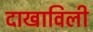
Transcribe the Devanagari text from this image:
दाखाविली